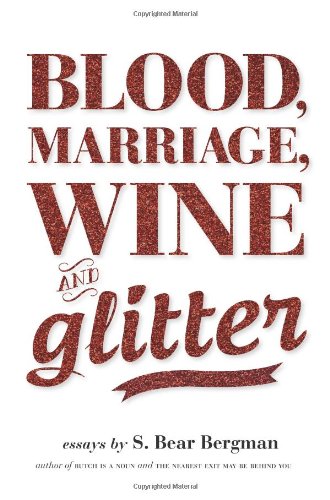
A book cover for Blood, Marriage, Wine, & Glitter; S. Bear Bergman; Gay & Lesbian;